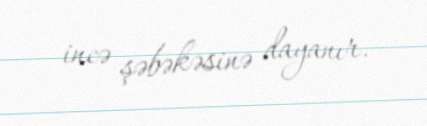
incə şəbəkəsinə dayanır.